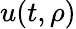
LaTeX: u(t,\rho)